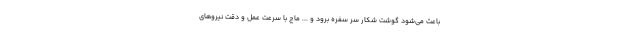
باعث می‌شود گوشت شکار سر سفره برود و ... ماج با سرعت عمل و دقت نیروهای